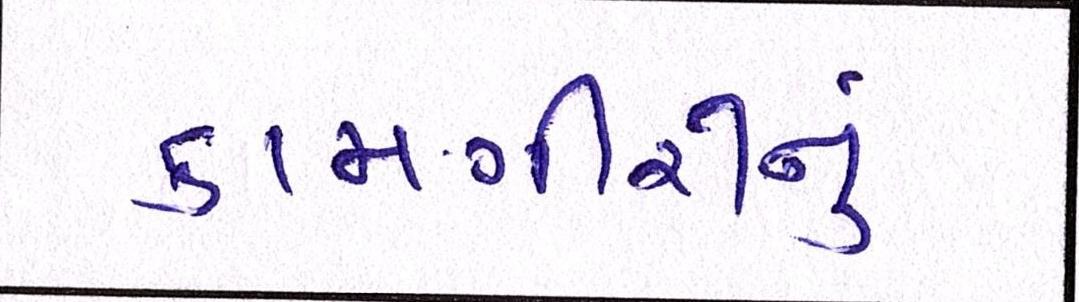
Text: કામગીરીનું